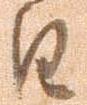
日